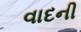
વાદની